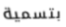
بتسمية